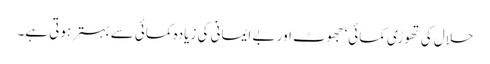
حلال کی تھوڑی کمائی‘ جھوٹ اور بے ایمانی کی زیادہ کمائی سے بہتر ہوتی ہے۔